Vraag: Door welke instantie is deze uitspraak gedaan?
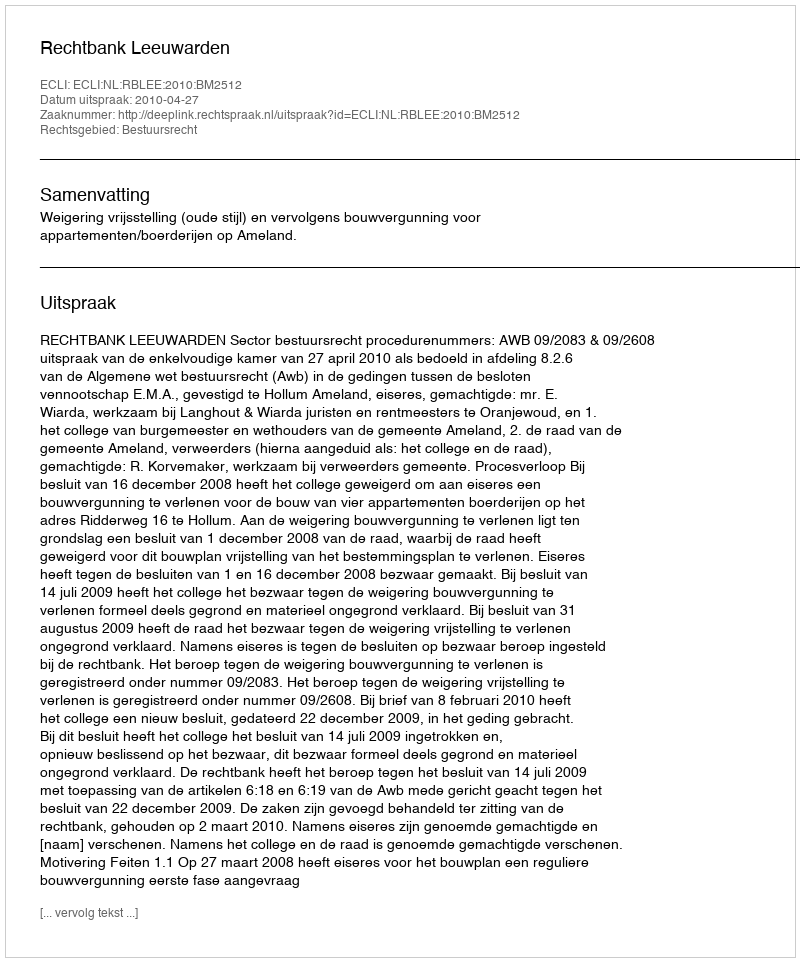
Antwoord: Rechtbank Leeuwarden